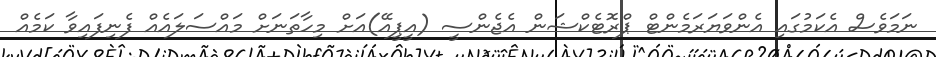
ނަަމަވެސް އެކަމުގައި އެންވަޔަރަމެންޓް ޕްރޮޓެކްޝަން އެޖެންސީ (އީޕީއޭ)އަށް މިހާތަނަށް މައްސަލައެއް ފެނިފައިވާ ކަމެއް